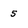
Character: 5